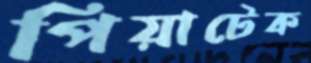
পিয়াটেক